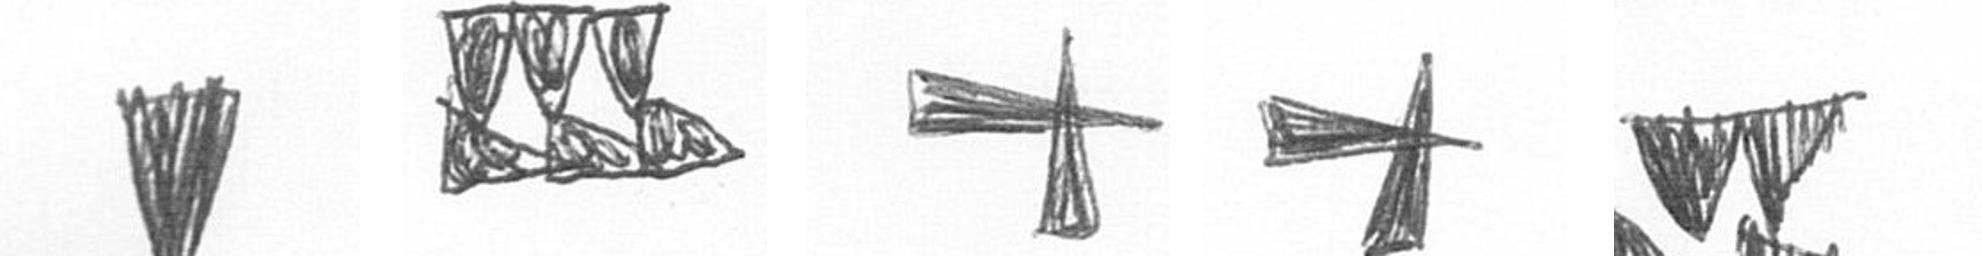
J D G G B